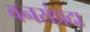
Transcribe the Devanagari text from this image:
वनसंप्रदा